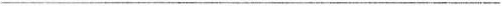
___